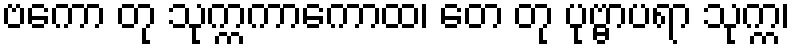
ဗကော တု သုက္ကကာကောထ၊ တေ တု ပုဗ္ဗာပရာ သုက္က၊